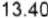
13.40